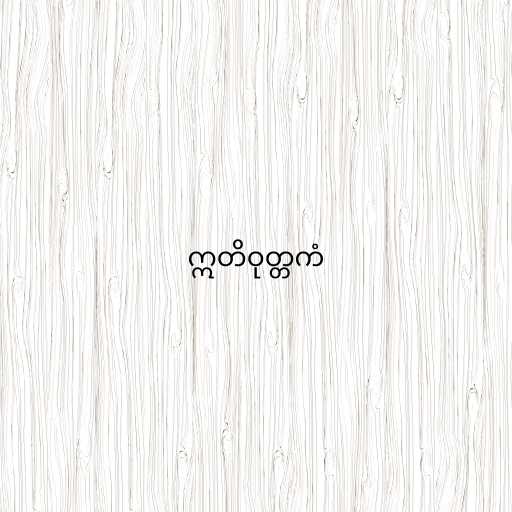
ဣတိဝုတ္တကံ